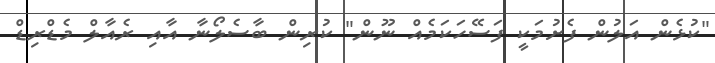
"ކުޅެން އަލުން ފެށުމަކީ ފަސޭހަކަމެއް ނޫން" ކުރިން ބާސެލޯނާ އާއި ރެއާލް މެޑްރިޑް